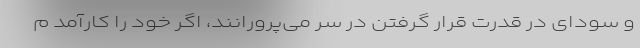
و سودای در قدرت قرار گرفتن در سر می‌پرورانند، اگر خود را کارآمد م